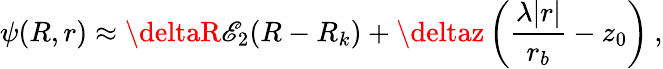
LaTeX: \psi(R,r)\approx\deltaR\mathscr{E}_{2}(R-R_{k})+\deltaz\left(\frac{{\lambda|r|}}{{r_{b}}}-z_{0}\right)\: ,